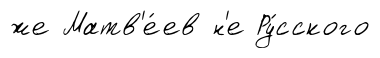
же Матв'е́ев н'е Ру́сского